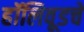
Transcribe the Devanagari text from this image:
हॉलिवूडचे